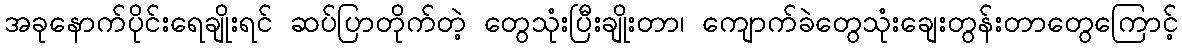
အခုနောက်ပိုင်းရေချိုးရင် ဆပ်ပြာတိုက်တဲ့ တွေသုံးပြီးချိုးတာ၊ ကျောက်ခဲတွေသုံးချေးတွန်းတာတွေကြောင့်